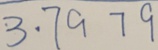
3 . 7 9 7 9